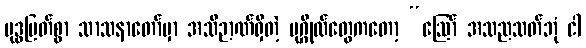
ဗုဒ္ဓမြတ်စွာ သာသနာတော်မှာ အသိဉာဏ်ရှိတဲ့ ပုဂ္ဂိုလ်တွေကတော့ “ဩော် အသညသတ်ဘုံ ငါ